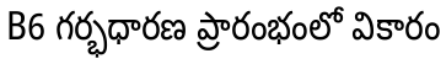
B6 గర్భధారణ ప్రారంభంలో వికారం